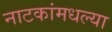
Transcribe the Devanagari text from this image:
नाटकांमधल्या